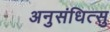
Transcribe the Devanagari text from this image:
अनुसंधित्सु